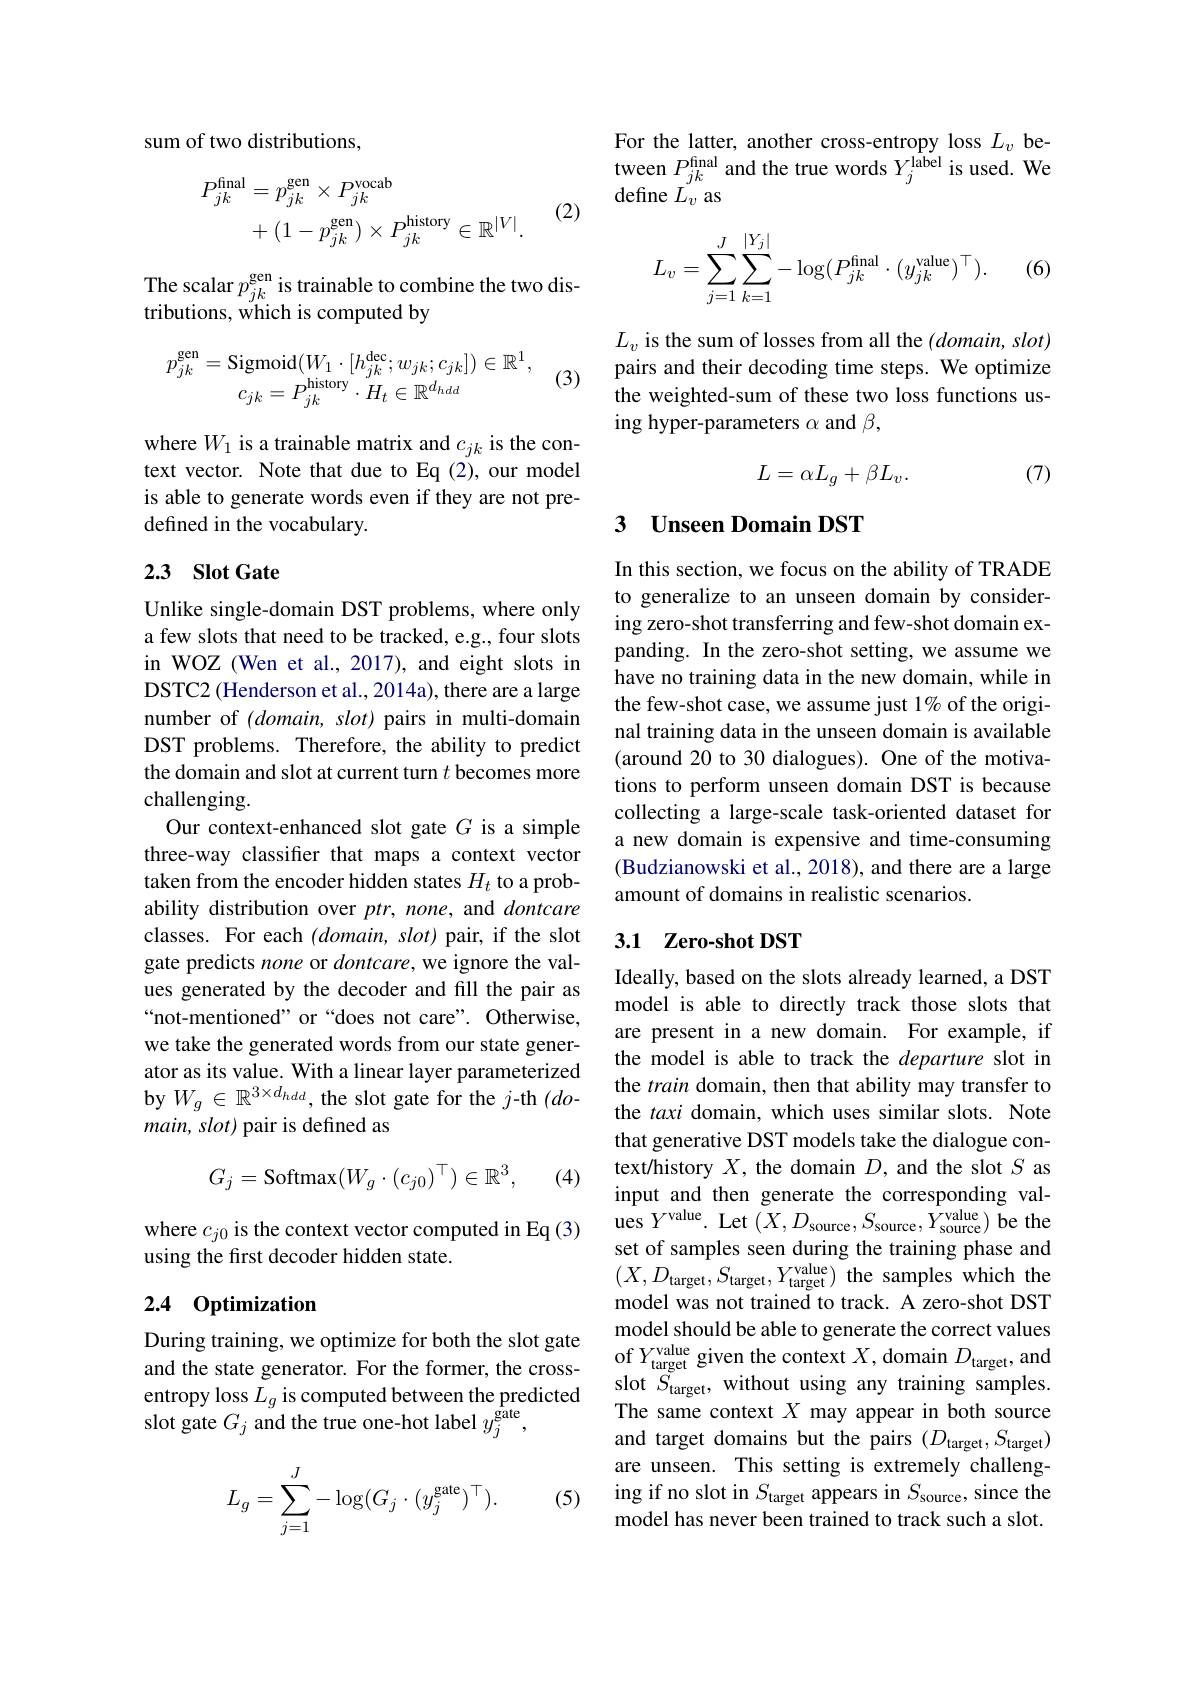
sum of two distributions,

(2)
$$\begin{aligned}P_{jk}^{\mathrm{final}}&=p_{jk}^{\mathrm{gen}}\times P_{jk}^{\mathrm{vocab}}\\&+(1-p_{jk}^{\mathrm{gen}})\times P_{jk}^{\mathrm{history}}\in\mathbb{R}^{|V|}.\end{aligned}$$
The scalar $p_jk^\mathrm{gen}$ is trainable to combine the two dis-
tributions, which is computed by
$$\begin{array}{c}p_{jk}^{\mathrm{gen}}=\mathrm{Sigmoid}(W_1\cdot[h_{jk}^{\mathrm{dec}};w_{jk};c_{jk}])\in\mathbb{R}^1,\\c_{jk}=P_{jk}^{\mathrm{history}}\cdot H_t\in\mathbb{R}^{d_{hdd}}\end{array}$$
(3)

where $W_{1}$ is a trainable matrix and $c_jk$ is the context vector. Note that due to Eq (2), our model is able to generate words even if they are not predefined in the vocabulary.

## 2.3 Slot Gate

Unlike single-domain DST problems, where only a few slots that need to be tracked, e.g., four slots in WOZ (Wen et al., 2017), and eight slots in DSTC2 (Henderson et al., 2014a), there are a large number of $(domain,slot)$ pairs in multi-domain DST problems. Therefore, the ability to predict the domain and slot at current turn $t$ becomes more challenging.
Our context-enhanced slot gate $G$ is a simple three-way classifier that maps a context vector taken from the encoder hidden states $H_t$ to a probability distribution over $ptr$, none, and dontcare classes. For each $(domain,slot)$ pair, if the slot gate predicts none or dontcare, we ignore the values generated by the decoder and fill the pair as “not-mentioned” or“does not care”. Otherwise, we take the generated words from our state generator as its value. With a linear layer parameterized by $W_g\in\mathbb{R}^{3\times d_{hdd}}$, the slot gate for the $j$-th $(do$- main, slot) pair is defined as
$$G_j=\text{Softmax}(W_g\cdot(c_{j0})^\top)\in\mathbb{R}^3,$$
(4)

where $c_{j0}$ is the context vector computed in Eq(3)
using the first decoder hidden state.

## 2.4 Optimization

and the state generator. For the former, the crossentropy loss $L_g$ is computed between the predicted slot gate $G_j$ and the true one-hot label $y_j^{\tilde{\mathrm{gate}}}$,

(5)
$$\begin{aligned}L_g&=\sum_{j=1}^J-\log(G_j\cdot(y_j^\text{gate})^\top).\end{aligned}$$
For the latter, another cross-entropy loss $L_v$ be- $\begin{array}{l}\text{tween }P_{jk}^\mathrm{final}\text{ and the true words }Y_{j}^\mathrm{label}\text{ is used. We}\\\text{define }L_{v}\text{ as}\end{array}$
$$L_v=\sum_{j=1}^J\sum_{k=1}^{|Y_j|}-\log(P_{jk}^\mathrm{final}\cdot(y_{jk}^\mathrm{value})^\top).$$
(6)

$L_v$ is the sum of losses from all the $(domain,slot)$ pairs and their decoding time steps. We optimize the weighted-sum of these two loss functions using hyper-parameters $\alpha$ and $\beta$,
$$L=\alpha L_{g}+\beta L_{v}.$$
(7)

## 3 Unseen Domain DST

In this section, we focus on the ability of TRADE to generalize to an unseen domain by considering zero-shot transferring and few-shot domain expanding. In the zero-shot setting, we assume we have no training data in the new domain, while in the few-shot case, we assume just 1% of the original training data in the unseen domain is available (around 20 to 30 dialogues). One of the motivations to perform unseen domain DST is because collecting a large-scale task-oriented dataset for a new domain is expensive and time-consuming (Budzianowski et al., 2018), and there are a large amount of domains in realistic scenarios.

## 3.1 Zero-shot DST

Ideally, based on the slots already learned, a DST model is able to directly track those slots that are present in a new domain. For example, if the model is able to track the departure slot in the train domain, then that ability may transfer to the taxi domain, which uses similar slots. Note that generative DST models take the dialogue context/history $X$,the domain $D$, and the slot $S$ as input and then generate the corresponding values $Y^{\mathrm{value}}.$ Let $(X,D_{\mathrm{source}},S_{\mathrm{source}},Y_{\mathrm{source}}^{\mathrm{value}})$ be the set of samples seen during the training phase and $(X,D_{\mathrm{target}},S_{\mathrm{target}},Y_{\mathrm{target}}^{\mathrm{value}})$ the samples which the model was not trained to track. A zero-shot DST model should be able to generate the correct values
During training, we optimize for both the slot gatemodel snould be able fo generate the correct values and the state generator. For the former, the cross- of $Y_{\mathrm{target}}^{\mathrm{valug}}$given the context $X$,domain $D_{\mathrm{target}}$,and and the s
slot $S_{\mathrm{target}}$, without using any training samples. The same context $X$ may appear in both source and target domains but the pairs $(D_\mathrm{target},S_\mathrm{target})$ are unseen. This setting is extremely challenging if no slot in $S_\text{target}$ appears in $S_\text{source}$, since the model has never been trained to track such a slot.